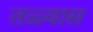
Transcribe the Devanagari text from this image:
तळ्यास